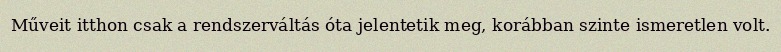
Műveit itthon csak a rendszerváltás óta jelentetik meg, korábban szinte ismeretlen volt.